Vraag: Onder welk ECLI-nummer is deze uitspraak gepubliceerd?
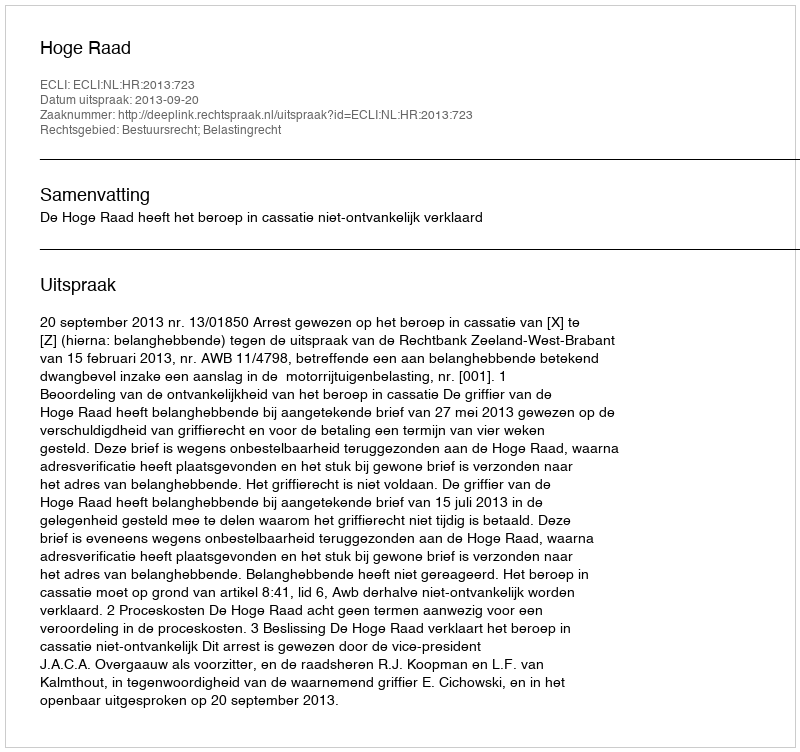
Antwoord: ECLI:NL:HR:2013:723